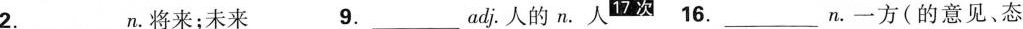
2.____________n。将来；未来 9.__________adj，人的n。人次 16._________n。一方(的意见、态